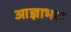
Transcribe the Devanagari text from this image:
आज्ञाभरा